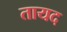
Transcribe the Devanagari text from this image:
तायद